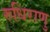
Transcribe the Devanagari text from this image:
रुधिराणु